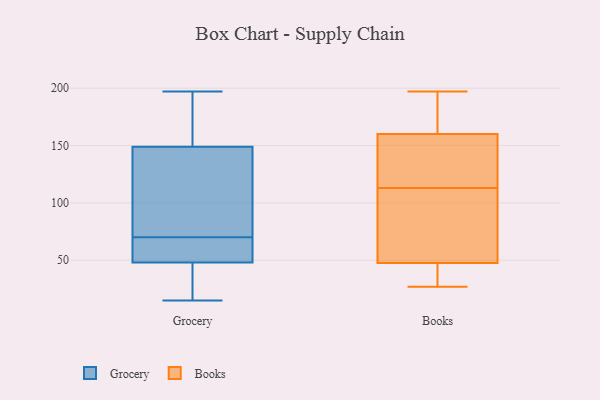
{"axis": {"x": "Satisfaction Score", "y": "Value"}, "legend": ["Books", "Grocery"], "data": [{"x": "", "y": 177, "type": "Grocery"}, {"x": "", "y": 136, "type": "Grocery"}, {"x": "", "y": 17, "type": "Grocery"}, {"x": "", "y": 15, "type": "Grocery"}, {"x": "", "y": 155, "type": "Grocery"}, {"x": "", "y": 145, "type": "Grocery"}, {"x": "", "y": 80, "type": "Grocery"}, {"x": "", "y": 59, "type": "Grocery"}, {"x": "", "y": 52, "type": "Grocery"}, {"x": "", "y": 59, "type": "Grocery"}, {"x": "", "y": 60, "type": "Grocery"}, {"x": "", "y": 197, "type": "Grocery"}, {"x": "", "y": 48, "type": "Grocery"}, {"x": "", "y": 185, "type": "Grocery"}, {"x": "", "y": 17, "type": "Grocery"}, {"x": "", "y": 149, "type": "Grocery"}, {"x": "", "y": 99, "type": "Grocery"}, {"x": "", "y": 47, "type": "Grocery"}, {"x": "", "y": 165, "type": "Books"}, {"x": "", "y": 27, "type": "Books"}, {"x": "", "y": 129, "type": "Books"}, {"x": "", "y": 78, "type": "Books"}, {"x": "", "y": 138, "type": "Books"}, {"x": "", "y": 155, "type": "Books"}, {"x": "", "y": 29, "type": "Books"}, {"x": "", "y": 192, "type": "Books"}, {"x": "", "y": 97, "type": "Books"}, {"x": "", "y": 91, "type": "Books"}, {"x": "", "y": 197, "type": "Books"}, {"x": "", "y": 46, "type": "Books"}, {"x": "", "y": 49, "type": "Books"}, {"x": "", "y": 34, "type": "Books"}, {"x": "", "y": 140, "type": "Books"}, {"x": "", "y": 170, "type": "Books"}]}